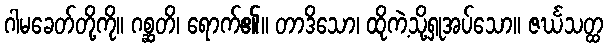
ဂါမခေတ်တို့ကို။ ဂစ္ဆတိ၊ ရောက်၏။ တာဒိသော၊ ထိုကဲ့သို့ရှုအပ်သော။ ဇင်္ဃသတ္ထ